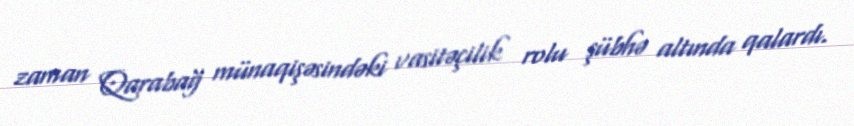
zaman Qarabağ münaqişəsindəki vasitəçilik rolu şübhə altında qalardı.